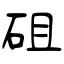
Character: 砠